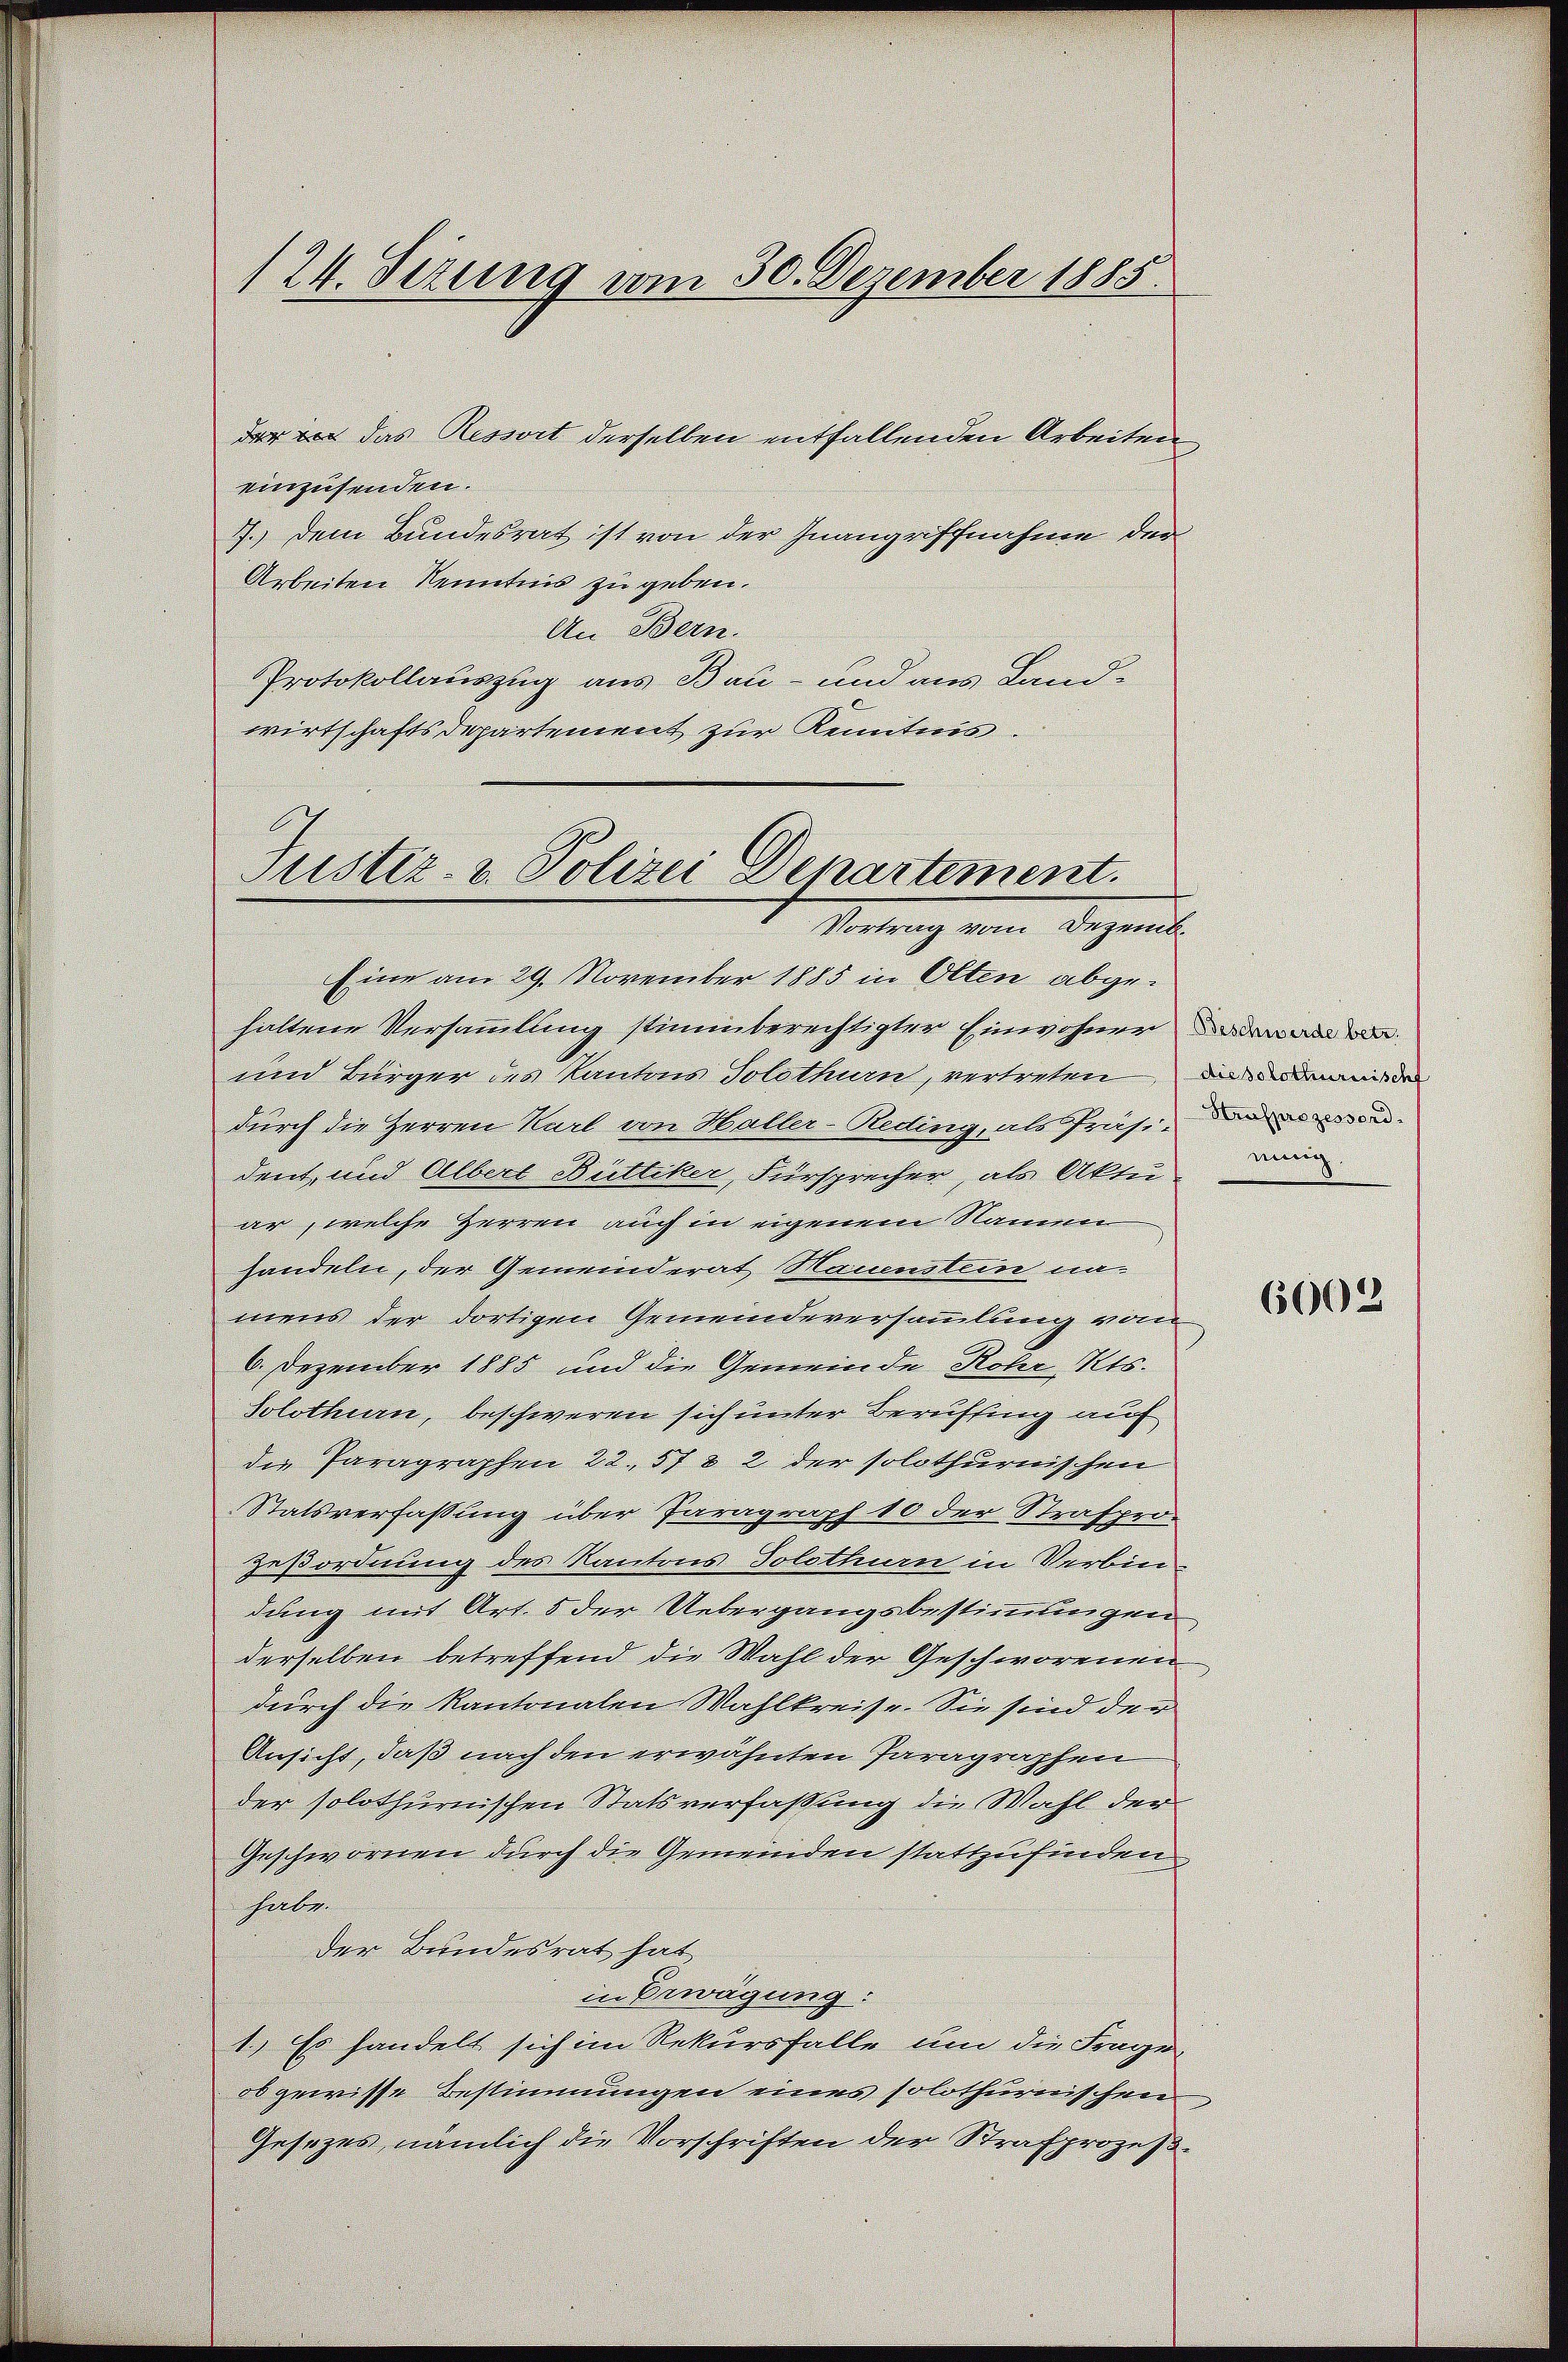
124. Sezung vom 30. Dezember 1885.

der in das Ressort derselben entfallenden Arbeiten,
einzusenden.
7.) Dem Bundesrat ist von der Inangriffnahme der
Arbeiten Kenntnis zu geben.
An Bern.
Protokollauszug aus Bau- und aus Landwirtschaftsdepartement zur Kenntnis.
Eine am 29. November 1885 in Olten abgehaltene Versammlung stimmberechtigter Einwohner
und Bürger des Kantons Solothurn, vertreten, damit der
durch die Herren Karl von Haller-Reding, als Präsi-
dent, und Albert Büttiker, Fürsprecher, als Aktu
ar welche Herren auch in eigenem Namen
handeln, der Gemeinderat Hauenstein namens der dortigen Gemeindeversammlung vom
6. Dezember 1885 und die Gemeinde Rohr, Kts.
Solothurn, beschweren sich unter Beruffing auf
die Paragraphen 22. 57 § 2 der solothurnischen
Statsverfassung über Paragraph 10 der Strafpro-
geßordnung des Kantons Solothurn in Verbin-
dung mit Art. 5 der Uebergangsbestimmungen
derselben betreffend die Wahl der Geschworenen
durch die Kantonalen Wahlkreise. Sie sind der
Ansicht, daß nach den erwähnten Paragraphen
der solothurnischen Statsverfaßung die Wahl der
Geschwornen durch die Gemeinden stattzufinden
farbe.
Der Bundesrat hat
in Erwägung:
1.) Es handelt sich im Rekursfalle um die Frage,
ob gewisse Bestimmungen eines solothurnischen
Gesetzes, nämlich die Vorschriften der Strafprozeß¬

Justiz- & Polizei Departement.
Vertrag vom Bezieml

einig.

6002